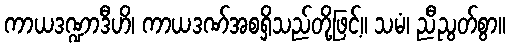
ကာယဒဏ္ဍာဒီဟိ၊ ကာယဒဏ်အစရှိသည်တို့ဖြင့်။ သမံ၊ ညီညွတ်စွာ။